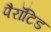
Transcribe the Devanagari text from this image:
पैरॉटिड